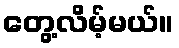
တွေ့လိမ့်မယ်။